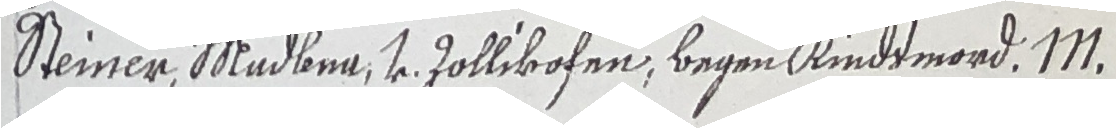
Steiner Mudben, v. Follekofen, begen Kindtmord. MN.